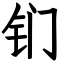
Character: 钔